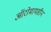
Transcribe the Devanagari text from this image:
ऑरोमायसीन